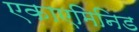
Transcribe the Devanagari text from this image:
एकाएमिनिड